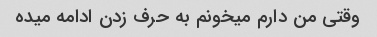
وقتی من دارم میخونم به حرف زدن ادامه میده